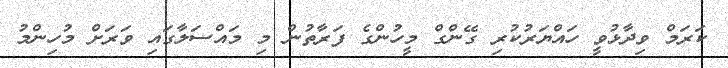
ކަރަމް ވިދާޅުވީ ހައްޔަރުކުރި ގޭންގް މީހުންގެ ފަރާތުން މި މައްސަލާގައި ވަރަށް މުހިންމު